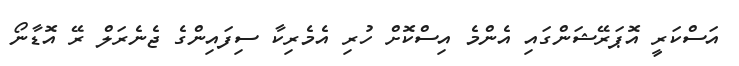
އަސްކަރީ އޮޕަރޭޝަންގައި އެންމެ އިސްކޮށް ހުރި އެމެރިކާ ސިފައިންގެ ޖެނެރަލް ރޭ އޮޑާނޯ